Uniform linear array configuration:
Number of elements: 48
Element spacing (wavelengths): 1
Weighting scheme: uniform
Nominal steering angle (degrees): -30
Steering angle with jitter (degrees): -31.869
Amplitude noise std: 0.05
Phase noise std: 0.05

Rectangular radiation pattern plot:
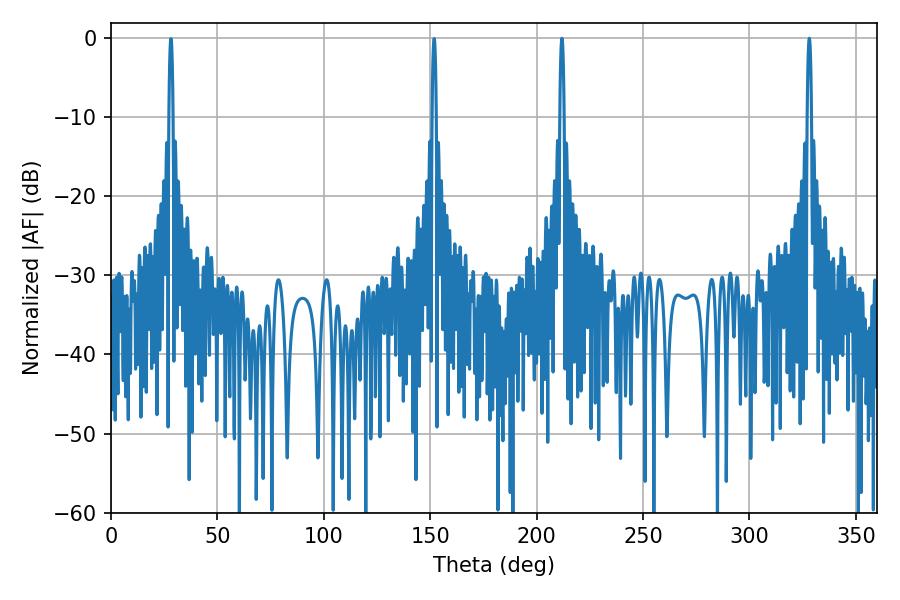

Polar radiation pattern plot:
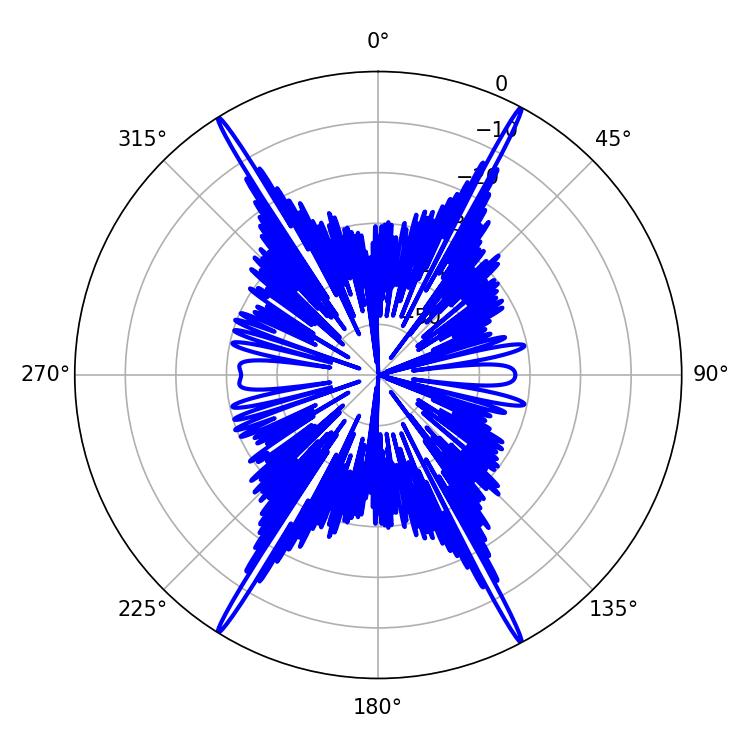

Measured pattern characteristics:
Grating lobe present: TRUE
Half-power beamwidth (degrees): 1.08
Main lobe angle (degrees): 328.14